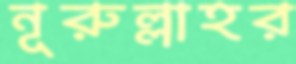
নূরুল্লাহর